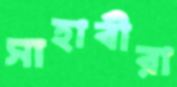
সাহাবীরা